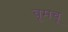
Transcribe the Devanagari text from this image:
बूमचू